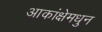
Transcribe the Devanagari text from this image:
आकांक्षेमधुन